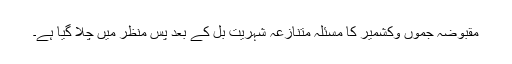
مقبوضہ جموں وکشمیر کا مسئلہ متنازعہ شہریت بل کے بعد پس منظر میں چلا گیا ہے۔